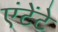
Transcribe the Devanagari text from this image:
एंटेंटे